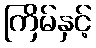
ကြိမ်နှင့်